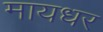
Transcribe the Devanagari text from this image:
मायधर